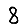
Digit: 8